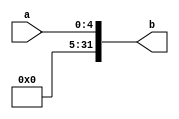
`timescale 1ns / 1ps

module EXT5(
    input  [4:0]  a,
    output [31:0] b
);
    assign b = {27'b0, a};
endmodule

module EXT16(
    input [15:0] a,
    input sign,          
    output [31:0] b
);
    //sign: 1: sign_extend; 0: zero_extend;
    assign b = sign ? {{(16){a[15]}},a} : {16'b0,a};
endmodule

// 18  - 32 
module EXT18(
    input  [15:0] a,
    output [31:0] b
);
    assign b = {{(14){a[15]}}, a, 2'b00};
endmodule